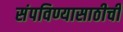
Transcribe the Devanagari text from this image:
संपविण्यासाठीची